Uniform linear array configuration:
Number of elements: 24
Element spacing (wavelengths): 1
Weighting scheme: hann
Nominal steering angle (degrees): -45
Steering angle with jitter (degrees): -43.195
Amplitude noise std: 0.05
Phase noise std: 0.05

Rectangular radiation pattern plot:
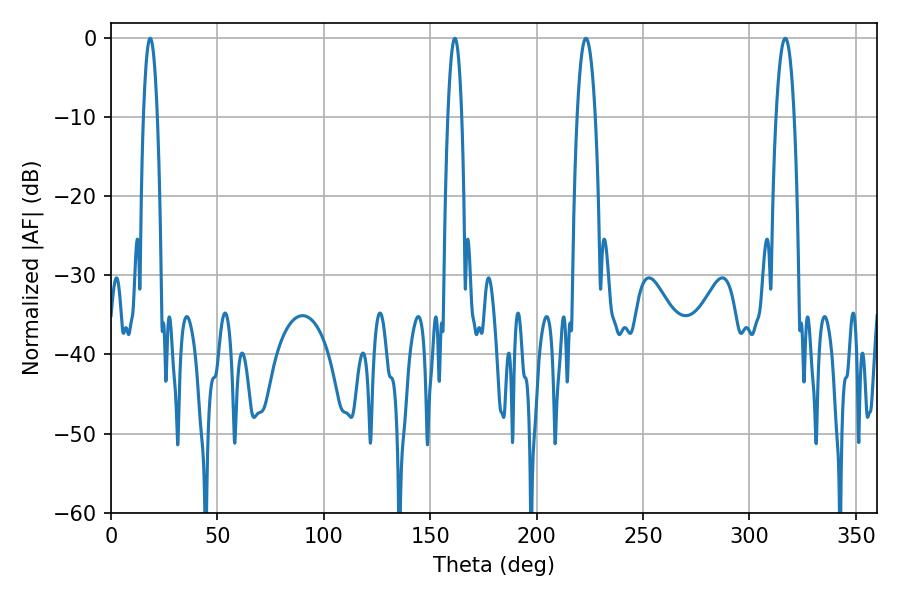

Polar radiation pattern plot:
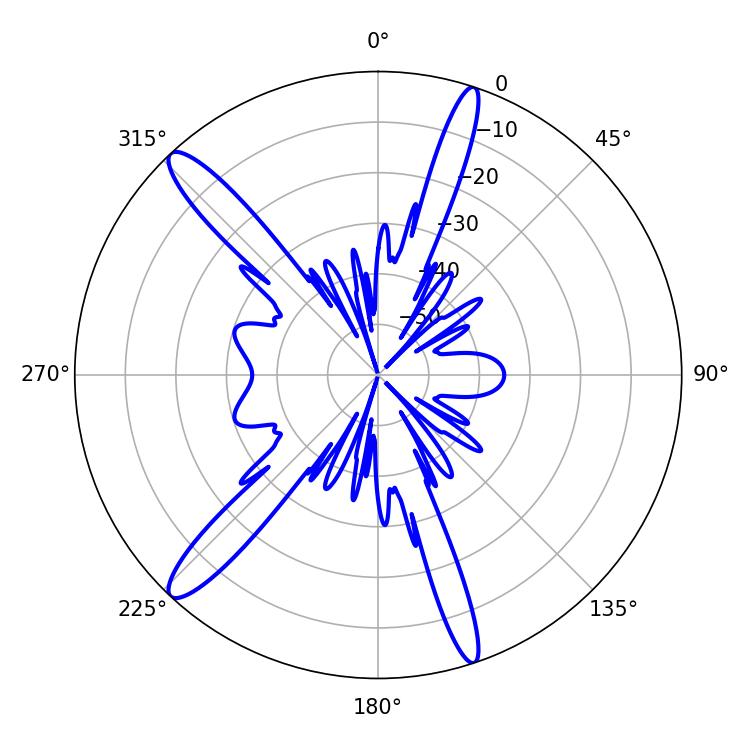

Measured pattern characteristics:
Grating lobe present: TRUE
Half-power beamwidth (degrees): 4.68
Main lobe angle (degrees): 316.8